Indian journal of veterinary science and animal husbandry - Volume 11,
Year: 1941
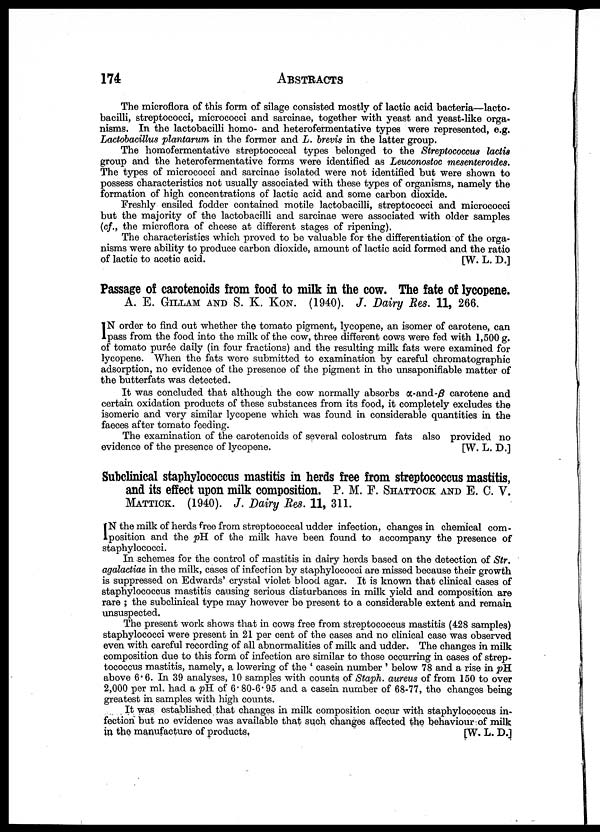
174
ABSTRACTS
The microflora of this form of silage consisted mostly of lactic acid bacteria—lacto¬
bacilli, streptococci, micrococci and sarcinae, together with yeast and yeast-like orga-
nisms. In the lactobacilli homo- and heterofermentative types were represented, e.g.
Lactobacillus plantarum in the former and L. brevis in the latter group.
The homofermentative streptococcal types belonged to the Streptococcus lactis
group and the heterofermentative forms were identified as Leuconostoc mesenteroides.
The types of micrococci and sarcinae isolated were not identified but were shown to
possess characteristics not usually associated with these types of organisms, namely the
formation of high concentrations of lactic acid and some carbon dioxide.
Freshly ensiled fodder contained motile lactobacilli, streptococci and micrococci
but the majority of the lactobacilli and sarcinae were associated with older samples
(cf., the microflora of cheese at different stages of ripening).
The characteristics which proved to be valuable for the differentiation of the orga-
nisms were ability to produce carbon dioxide, amount of lactic acid formed and the ratio
of lactic to acetic acid.
[W. L. D.]
Passage of carotenoids from food to milk in the cow. The fate of lycopene.
A. E. GILLAM AND S. K. KON. (1940). J. Dairy Res. 11, 266.
I N order to find out whether the tomato pigment, lycopene, an isomer of carotene, can
pass from the food into the milk of the cow, three different cows were fed with 1,500 g.
of tomato purée daily (in four fractions) and the resulting milk fats were examined for
lycopene. When the fats were submitted to examination by careful chromatographic
adsorption, no evidence of the presence of the pigment in the unsaponifiable matter of
the butterfats was detected.
It was concluded that although the cow normally absorbs α-and-β carotene and
certain oxidation products of these substances from its food, it completely excludes the
isomeric and very similar lycopene which was found in considerable quantities in the
faeces after tomato feeding.
The examination of the carotenoids of several colostrum fats also provided no
evidence of the presence of lycopene.
[W. L. D.]
Subclinical staphylococcus mastitis in herds free from streptococcus mastitis,
and its effect upon milk composition. P. M. F. SHATTOCK AND E. C. V.
MATTICK. (1940). J. Dairy Res. 11, 311.
I N the milk of herds free from streptococcal udder infection, changes in chemical com
position and the pH of the milk have been found to accompany the presence of
staphylococci.
In schemes for the control of mastitis in dairy herds based on the detection of Str.
agalactiae in the milk, cases of infection by staphylococci are missed because their growth
is suppressed on Edwards' crystal violet blood agar. It is known that clinical cases of
staphylococcus mastitis causing serious disturbances in milk yield and composition are
rare ; the subclinical type may however be present to a considerable extent and remain
unsuspected.
The present work shows that in cows free from streptococcus mastitis (428 samples)
staphylococci were present in 21 per cent of the cases and no clinical case was observed
even with careful recording of all abnormalities of milk and udder. The changes in milk
composition due to this form of infection are similar to those occurring in cases of strep
tococcus mastitis, namely, a lowering of the ' casein number ' below 78 and a rise in pH
above 6.6. In 39 analyses, 10 samples with counts of Staph. aureus of from 150 to over
2,000 per ml. had a pH of 6.80-6.95 and a casein number of 68-77, the changes being
greatest in samples with high counts.
It was established that changes in milk composition occur with staphylococcus in
fection but no evidence was available that such changes affected the behaviour of milk
in the manufacture of products.
[W. L. D.]